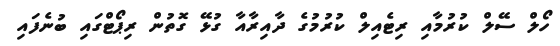
ހޯލް ސޭލް ކުރުމާއި ރިޓެއިލް ކުރުމުގެ ދާއިރާއާ ގުޅޭ ގޮތުން ރިޕޯޓްގައި ބުނެފައި